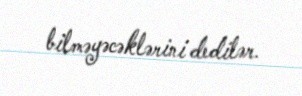
bilməyəcəklərini dedilər.